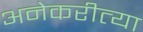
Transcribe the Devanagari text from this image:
अनेकरीत्या